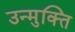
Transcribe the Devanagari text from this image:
उन्मुक्‍ति